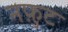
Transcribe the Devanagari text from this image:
नफ़ुट